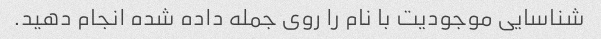
شناسایی موجودیت با نام را روی جمله داده شده انجام دهید.